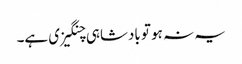
یہ نہ ہو تو بادشاہی چنگیزی ہے۔